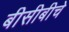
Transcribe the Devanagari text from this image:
बीसीबीचे